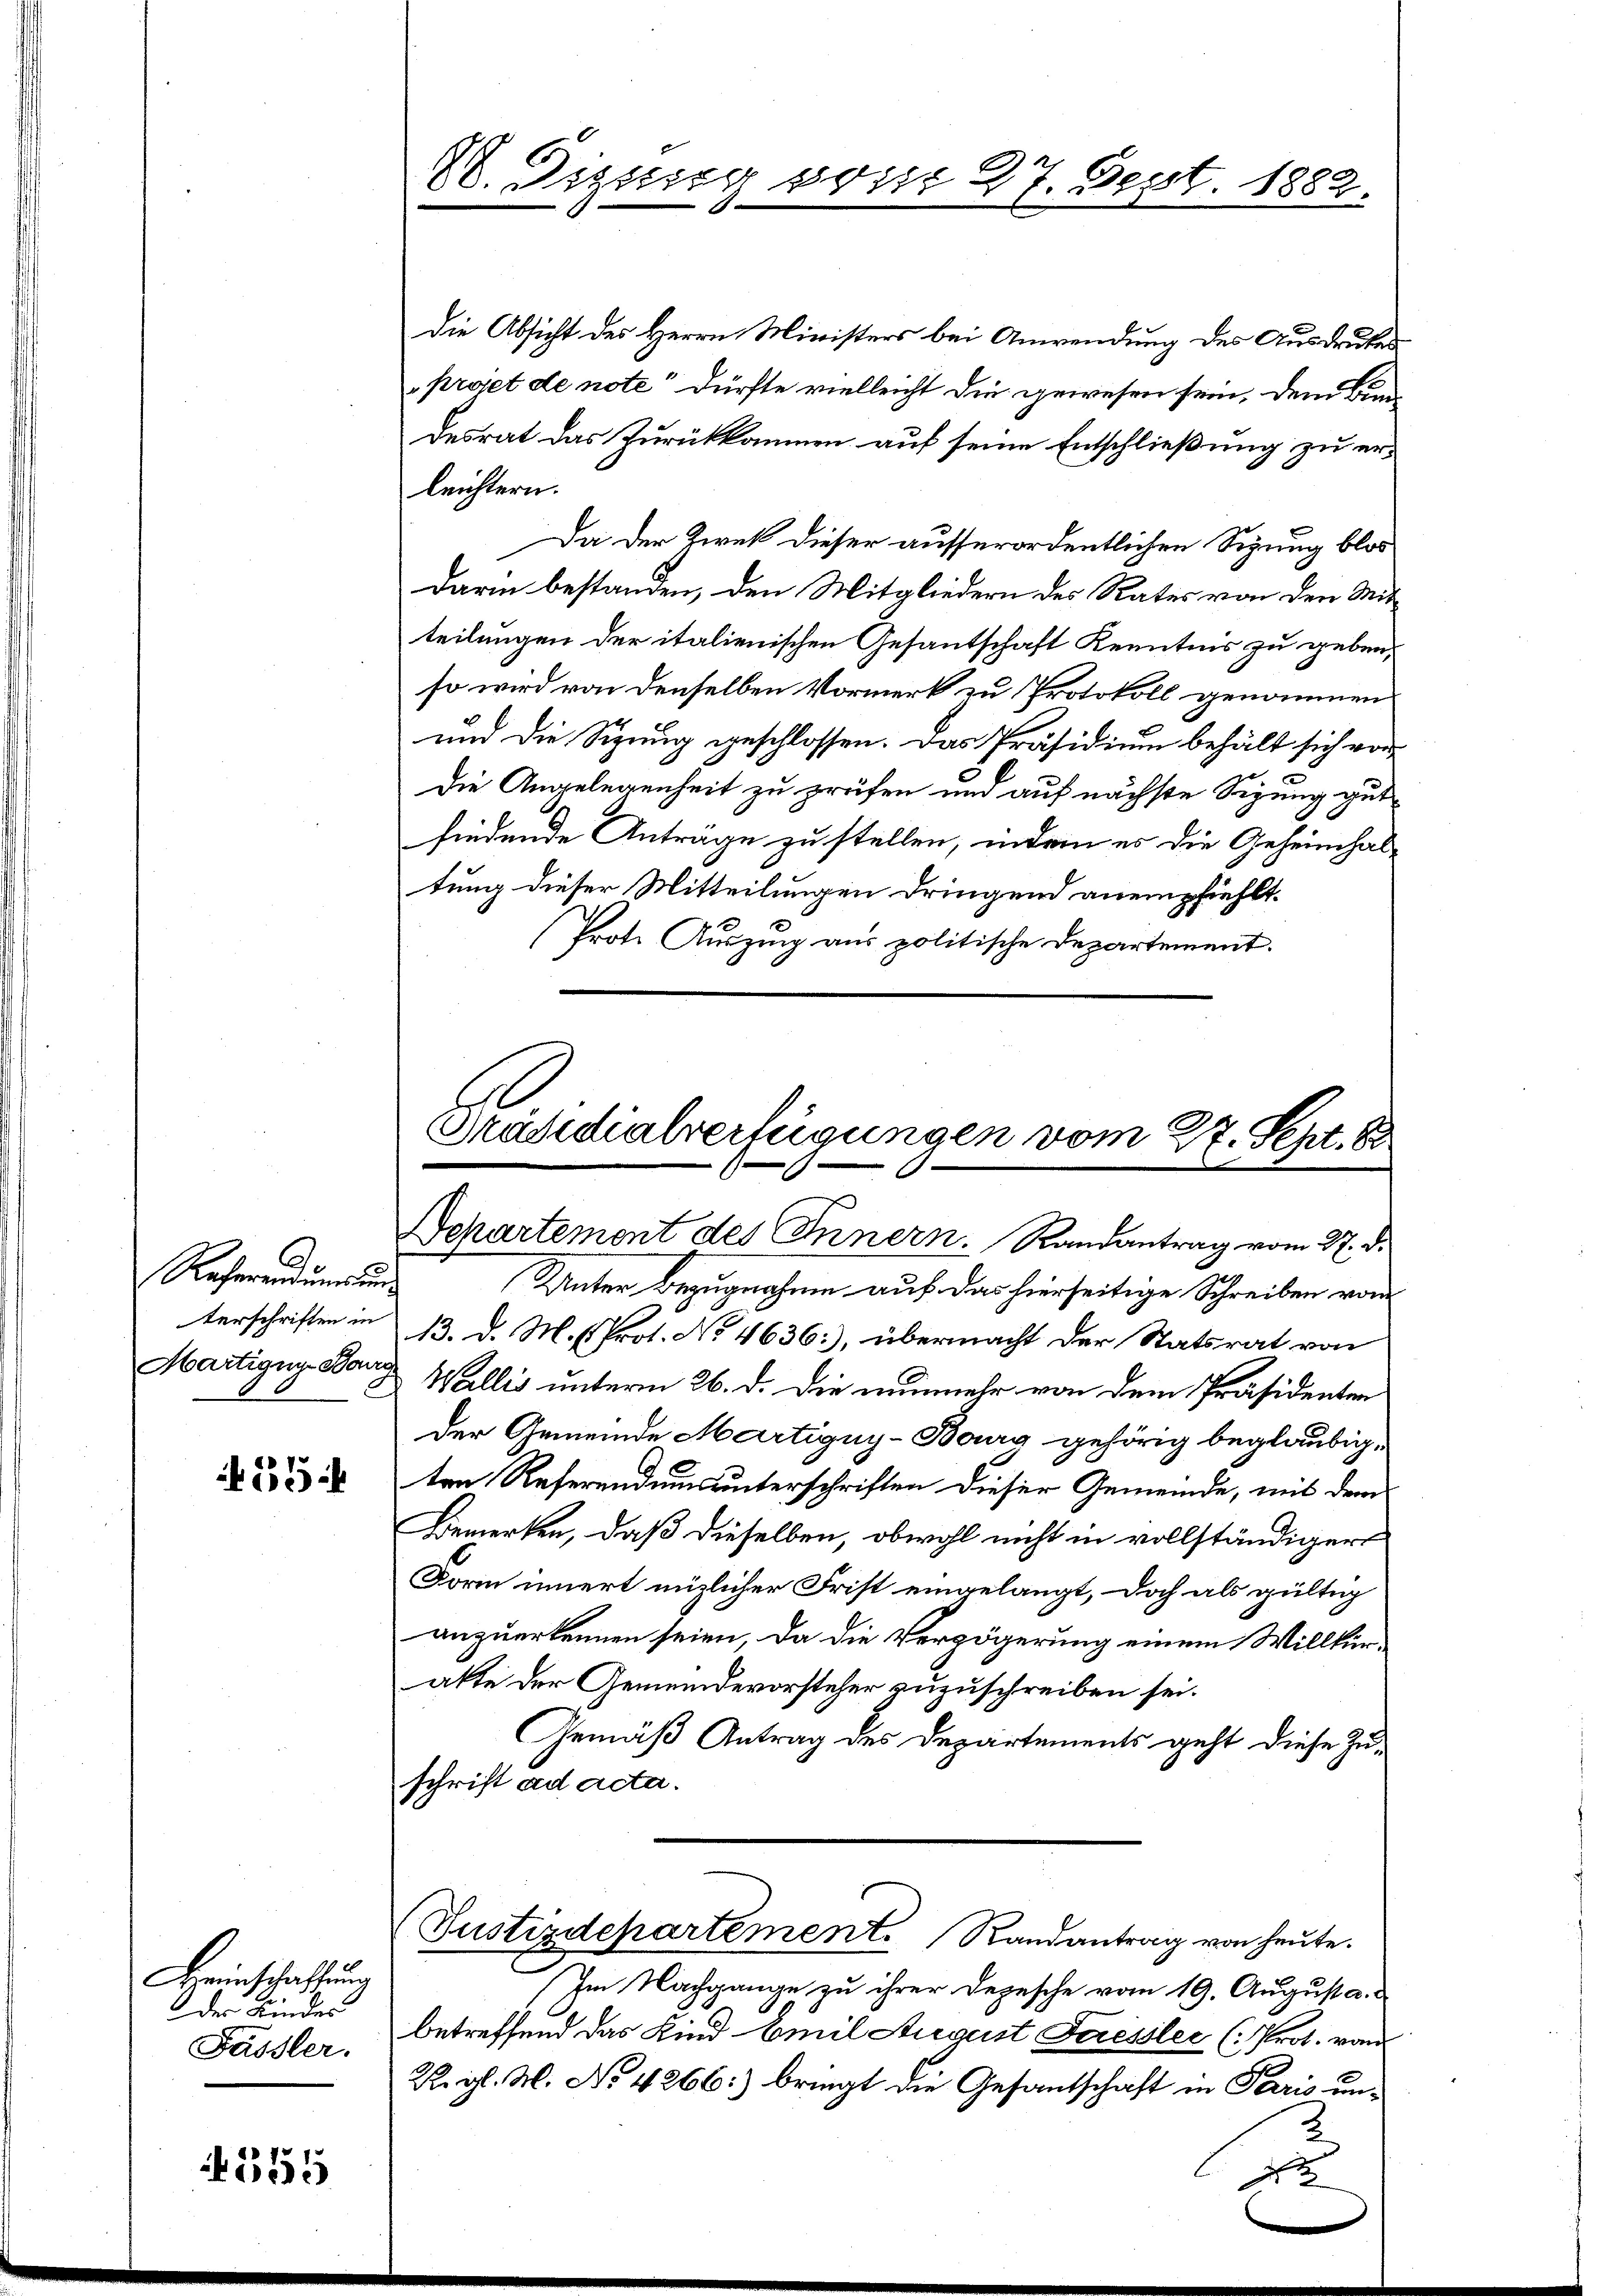
Racherendumsŭng
Martigung Bang

65

Bereinschaffung
des Kindes
Fässler.

4555

Die Absicht des Herrn Ministers bei Anwendung des Ausdruckes
projet de note dürfte vielleicht die gewesen sein, dem Bran
desrat das Zurückkommen auf seine Entschließung zu erleichtern.
Da der Zwek dieser ausserordentlichen Sizung blos
darin bestanden, den Mitgliedern des Rates von den Mitteilungen der italienischen Gesantschaft Kenntnis zu geben,
so wird von denselben Vormerk zu Protokoll genommen
und die Sitzung geschlossen. Das Präsidium behält sich von
Die Angelegenheit zu prüfen und auf nächste Segung gut
findende Anträge zu stellen, indem es die Geheimhaltung dieser Mitteilungen dringend anempfiehlt.
Prote Auszug aus politische Departement.

V. Dizsseg von 27. Sept. 1882.

Präsidialverfügungen vom 27. Sept. 82
Departement des Innern. Randantrag vom 27. d.

Unter Bezugnahme auf das hierseitige Schreiben von
terschriften in 13. d. M. (Prot. No 4636:), übermacht der Statsrat von
Wallis unterm 26. d. die nunmehr von dem Präsidenten
Der Gemeinde Martigny-Bourg gehörig beglaubigten Referendum unterschriften dieser Gemeinde, mit dem
Bemerken, daß dieselben, obwohl nicht in vollständiger
Form innert müzlicher Frist eingelangt, doch als gültig
anzuerkennen seien, da die Verzögerung einem Willküralte der Gemeindevorsteher zuzuschreiben sei.
Gemäß Antrag des Departements geht diese Zuschrift ad acta.
Justizdepartement. Randantrag von heute.
Im Nachgange zu ihrer Depesche vom 19. August a.
betreffend das Kind Emil August Faessler (: Prot. von
Rgl. M. No 4266:) bringt die Gesantschaft in Paris un¬
2.